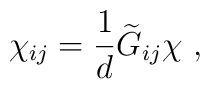
\chi_{ij}={1\over d} {\widetilde G}_{ij}\chi~,